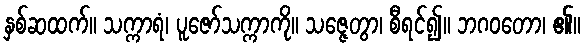
နှစ်ဆထက်။ သက္ကာရံ၊ ပူဇော်သက္ကာကို။ သဇ္ဇေတွာ၊ စီရင်၍။ ဘဂဝတော၊ ၏။